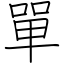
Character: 單